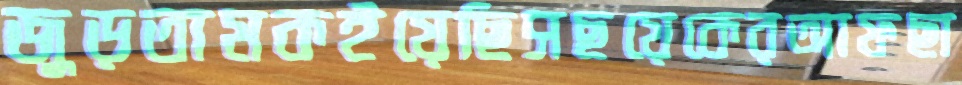
জুড়তামকইয়েছিসছয়েকেরআফছা